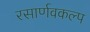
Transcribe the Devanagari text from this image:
रसार्णवकल्प